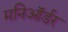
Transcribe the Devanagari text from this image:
मनिऑर्डर